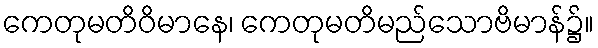
ကေတုမတိဝိမာနေ၊ ကေတုမတိမည်သောဗိမာန်၌။